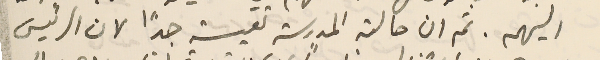
اليهم. ثم ان حالة المدرسة تعيسة جدًا لان الرئيس